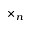
\times _ { n }